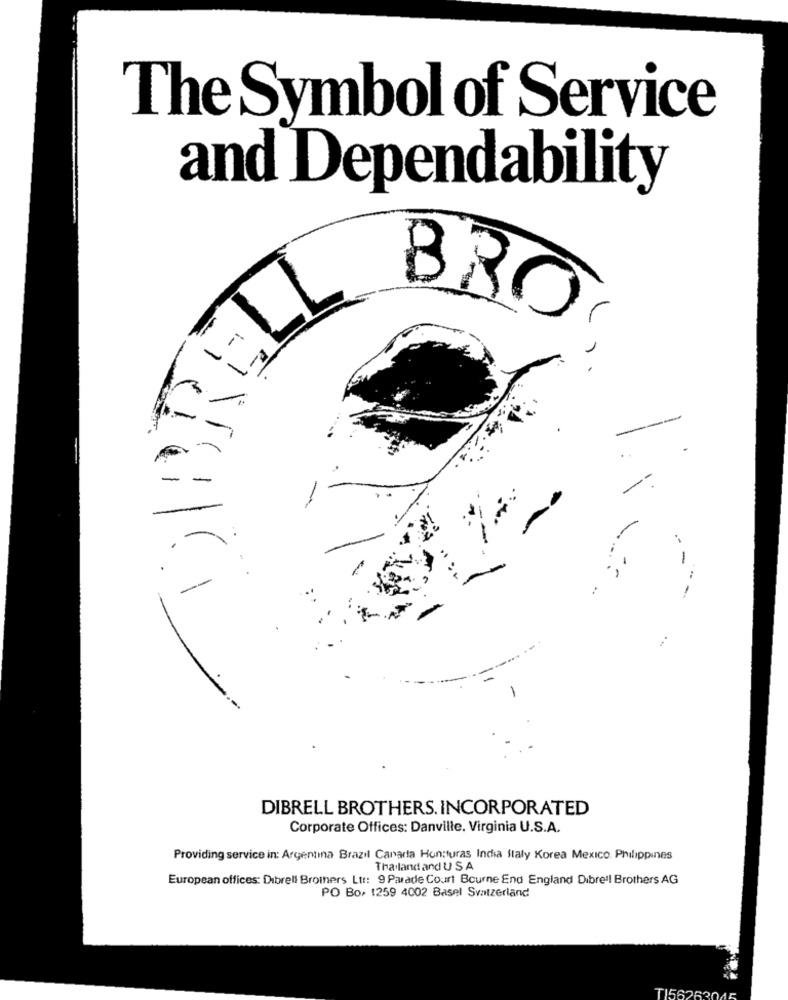
The Symbol of Service
and Dependability
LL
BRO
-
.-
-
--
DIBRELL BROTHERS. INCORPORATED
Corporate Offices: Danville, Virginia U.S.A.
Providing service in: Argentina Brazil Canada Hon:turas India Italy Korea Mexico. Philippines
Thailand and U S A
European offices: Dibrell Brothers Ltt: 9 Parade Court Bourne End England Dibre !! Brothers AG
PO Bo, 1259 4002 Basel Svatzerland